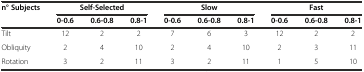
<table><thead><tr><td><b>n° Subjects</b></td><td colspan="3"><b>Self-Selected</b></td><td colspan="3"><b>Slow</b></td><td colspan="3"><b>Fast</b></td></tr><tr><td>[EMPTY_CELL]</td><td><b>0-0.6</b></td><td><b>0.6-0.8</b></td><td><b>0.8-1</b></td><td><b>0-0.6</b></td><td><b>0.6-0.8</b></td><td><b>0.8-1</b></td><td><b>0-0.6</b></td><td><b>0.6-0.8</b></td><td><b>0.8-1</b></td></tr></thead><tbody><tr><td>Tilt</td><td>12</td><td>2</td><td>2</td><td>7</td><td>6</td><td>3</td><td>12</td><td>2</td><td>2</td></tr><tr><td>Obliquity</td><td>2</td><td>4</td><td>10</td><td>2</td><td>4</td><td>10</td><td>2</td><td>3</td><td>11</td></tr><tr><td>Rotation</td><td>3</td><td>2</td><td>11</td><td>3</td><td>2</td><td>11</td><td>1</td><td>5</td><td>10</td></tr></tbody></table>